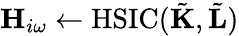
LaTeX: \mathbf{H}_{i\omega}\gets\mathrm{HSIC}(\tilde{\mathbf{K}},\tilde{\mathbf{L}})